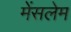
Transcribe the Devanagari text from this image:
मेंसलेम